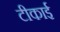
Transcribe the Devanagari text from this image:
टीकाई